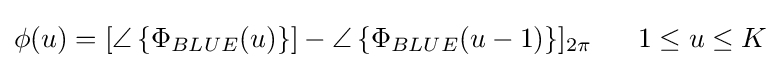
\phi (u)=[\angle \left\{\Phi _{BLUE}(u)\right\}]-\angle \left\{\Phi _{BLUE}(u-1)\right\}]_{2\pi }\ \ \ \ \ 1\leq u\leq K